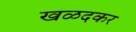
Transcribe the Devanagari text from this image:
खळदकर